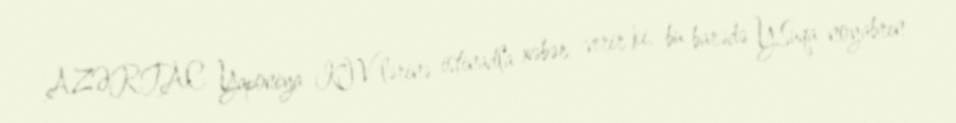
AZƏRTAC Yaponiya KİV-lərinə istinadla xəbər verir ki, bu barədə Y.Suqa noyabrın